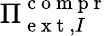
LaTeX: {\Pi}_{\mathrm{~e~x~t~},I}^{\mathrm{~c~o~m~p~r~}}